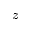
z